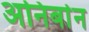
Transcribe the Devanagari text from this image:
अनिर्बान